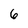
Character: 6